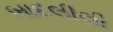
બાદલીલી